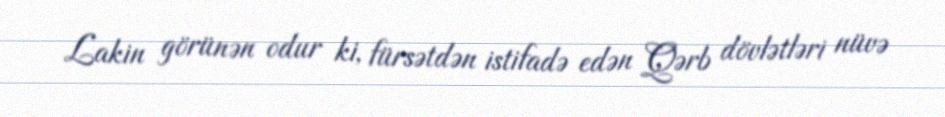
Lakin görünən odur ki, fürsətdən istifadə edən Qərb dövlətləri nüvə